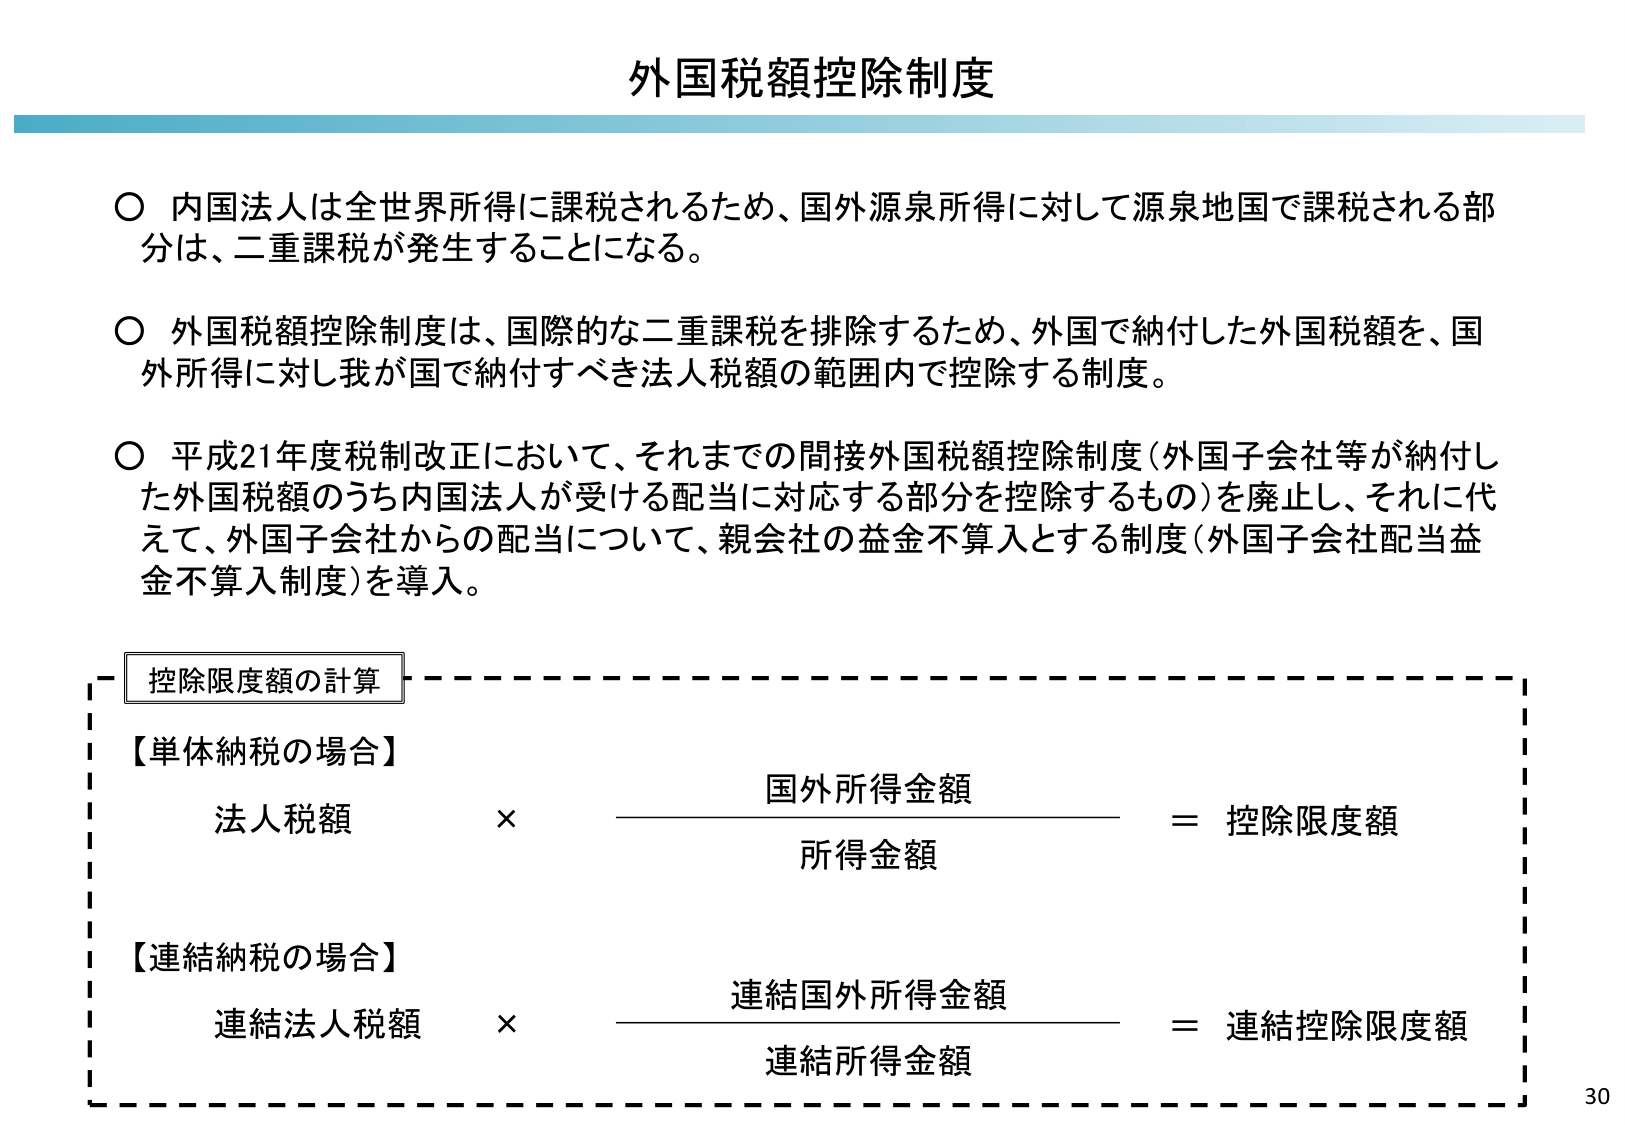
外国税額控除制度

○ 内国法人は全世界所得に課税されるため、国外源泉所得に対して源泉地国で課税される部分は、二重課税が発生することになる。

○ 外国税額控除制度は、国際的な二重課税を排除するため、外国で納付した外国税額を、国外所得に対し我が国で納付すべき法人税額の範囲内で控除する制度。

○ 平成21年度税制改正において、それまでの間接外国税額控除制度（外国子会社等が納付した外国税額のうち内国法人が受ける配当に対応する部分を控除するもの）を廃止し、それに代えて、外国子会社からの配当について、親会社の益金不算入とする制度（外国子会社配当益金不算入制度）を導入。

控除限度額の計算

【単体納税の場合】
法人税額 × 国外所得金額 / 所得金額 = 控除限度額

【連結納税の場合】
連結法人税額 × 連結国外所得金額 / 連結所得金額 = 連結控除限度額

30